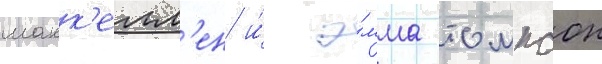
макк'елл'ен и́ э́мма томпсон